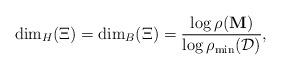
LaTeX: \begin{align*}\dim_H(\Xi) = \dim_B(\Xi)=\frac{\log \rho(\mathbf{M})}{\log\rho_{\min}(\mathcal{D})},\end{align*}